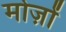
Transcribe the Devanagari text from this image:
मोज़ों